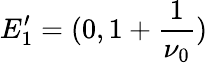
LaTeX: E_{1}^{\prime}=(0,1+\frac{1}{\nu_{0}})